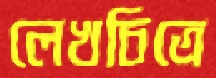
লেখচিত্রে